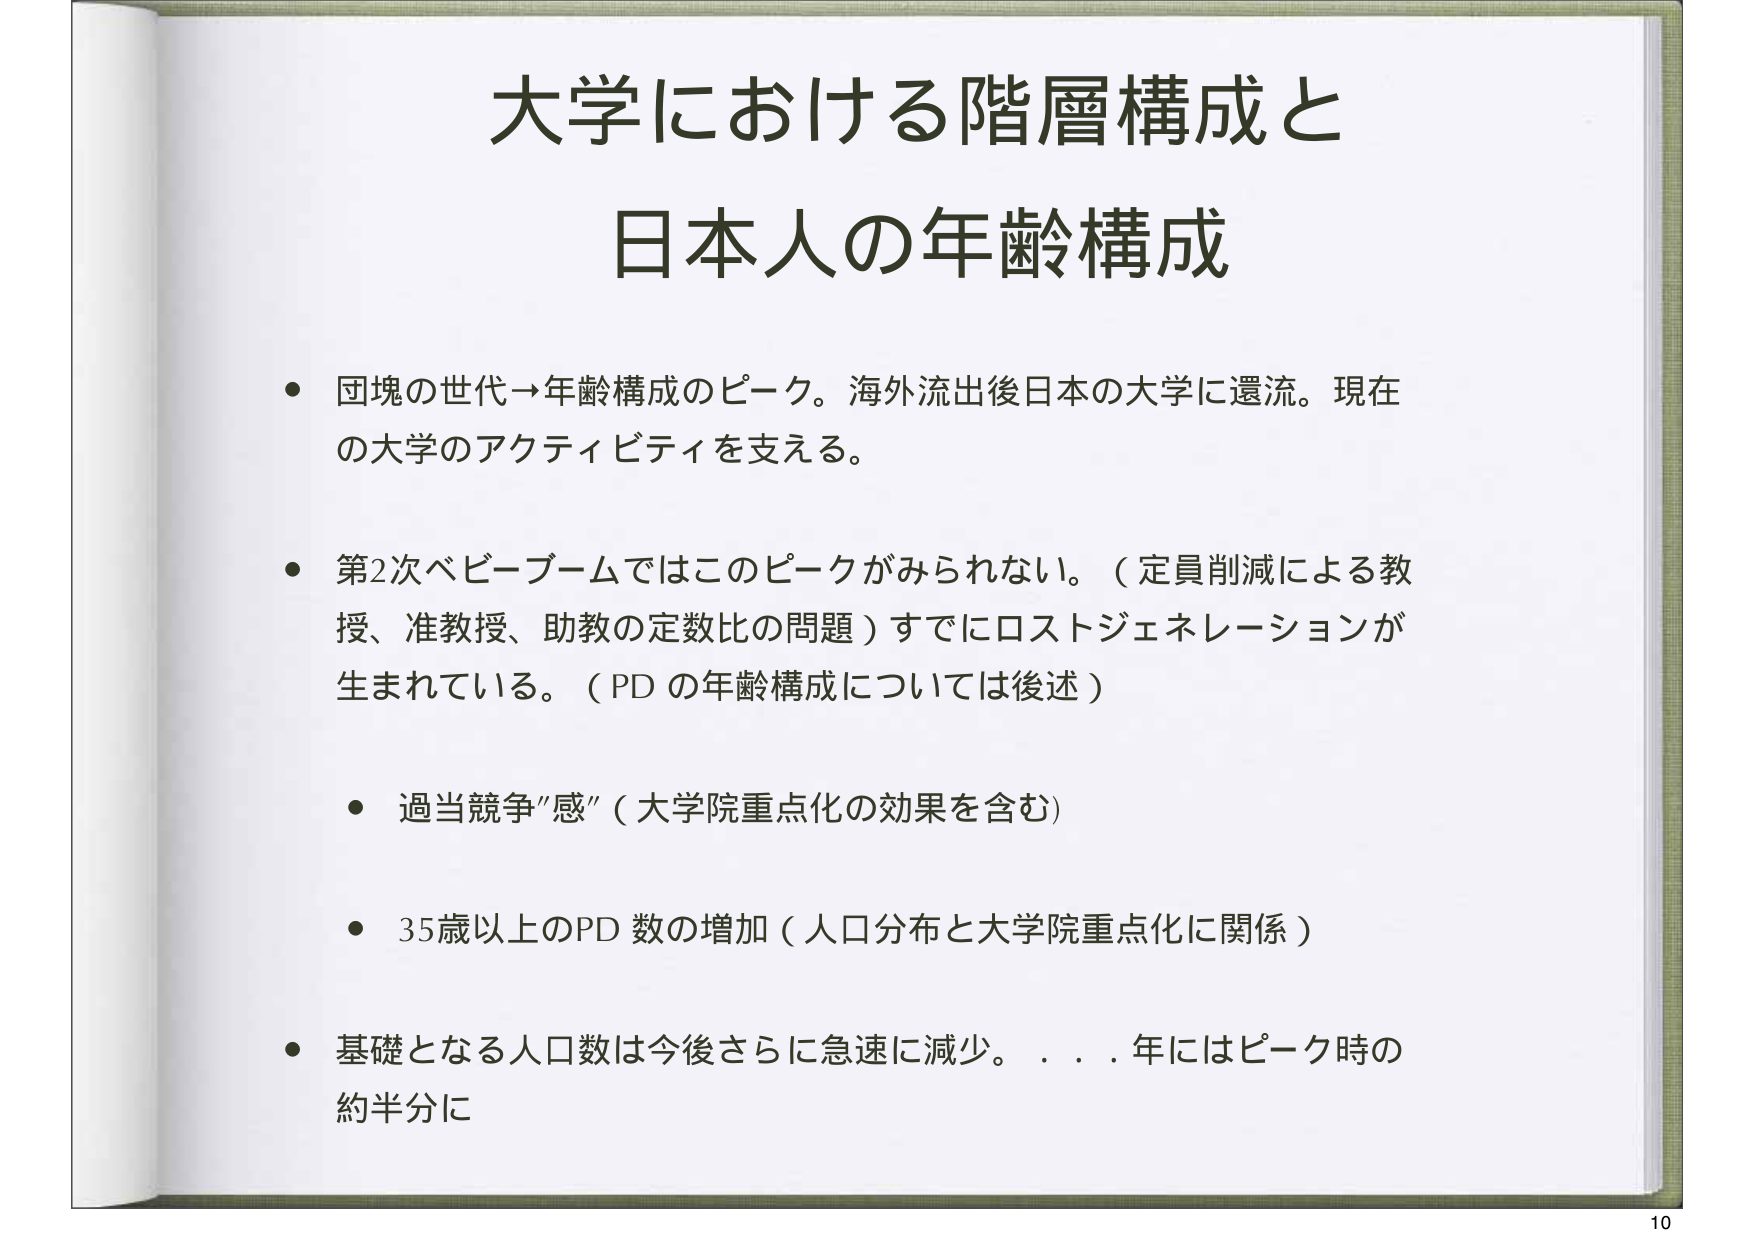
大学における階層構成と
日本人の年齢構成

・団塊の世代→年齢構成のピーク。海外流出後日本の大学に還流。現在の大学のアクティビティを支える。

・第2次ベビーブームではこのピークがみられない。（定員削減による教授、准教授、助教の定数比の問題）すでにロストジェネレーションが生まれている。（PDの年齢構成については後述）

　・過当競争“感”（大学院重点化の効果を含む）

　・35歳以上のPD数の増加（人口分布と大学院重点化に関係）

・基礎となる人口数は今後さらに急速に減少。．．．年にはピーク時の約半分に

10